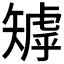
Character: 𥏽